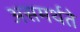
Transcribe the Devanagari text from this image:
असमर्थते